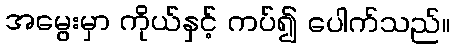
အမွေးမှာ ကိုယ်နှင့် ကပ်၍ ပေါက်သည်။